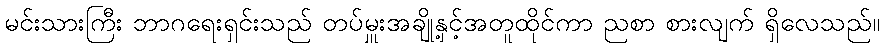
မင်းသားကြီး ဘာဂရေးရှင်းသည် တပ်မှူးအချို့နှင့်အတူထိုင်ကာ ညစာ စားလျက် ရှိလေသည်။